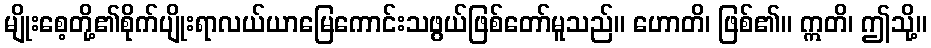
မျိုးစေ့တို့၏စိုက်ပျိုးရာလယ်ယာမြေကောင်းသဖွယ်ဖြစ်တော်မူသည်။ ဟောတိ၊ ဖြစ်၏။ ဣတိ၊ ဤသို့။